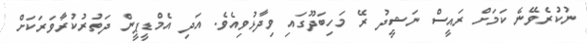
ނުކުރެވޭނެ ކަމަށް ރައީސް ނަޝީދު ރޭ މަހިބަދޫގައި ވިދާޅުވިއެވެ. އަދި އެމްޑީޕީން ދަތުރުކުރާވަރަކަށް